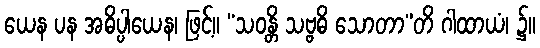
ယေန ပန အဓိပ္ပါယေန၊ ဖြင့်။ “သဝန္တိ သဗ္ဗဓိ သောတာ”တိ ဂါထာယံ၊ ၌။